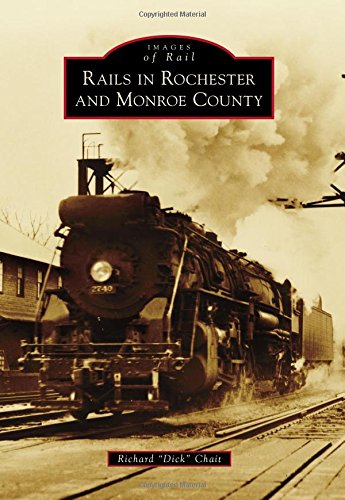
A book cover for Rails in Rochester and Monroe County (Images of Rail); Richard "Dick" Chait; Engineering & Transportation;